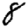
Digit: 8